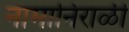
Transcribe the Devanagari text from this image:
नामानिराळी